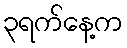
၃ရက်နေ့က